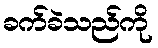
ခက်ခဲသည်ကို